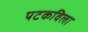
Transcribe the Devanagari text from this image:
पटकविला